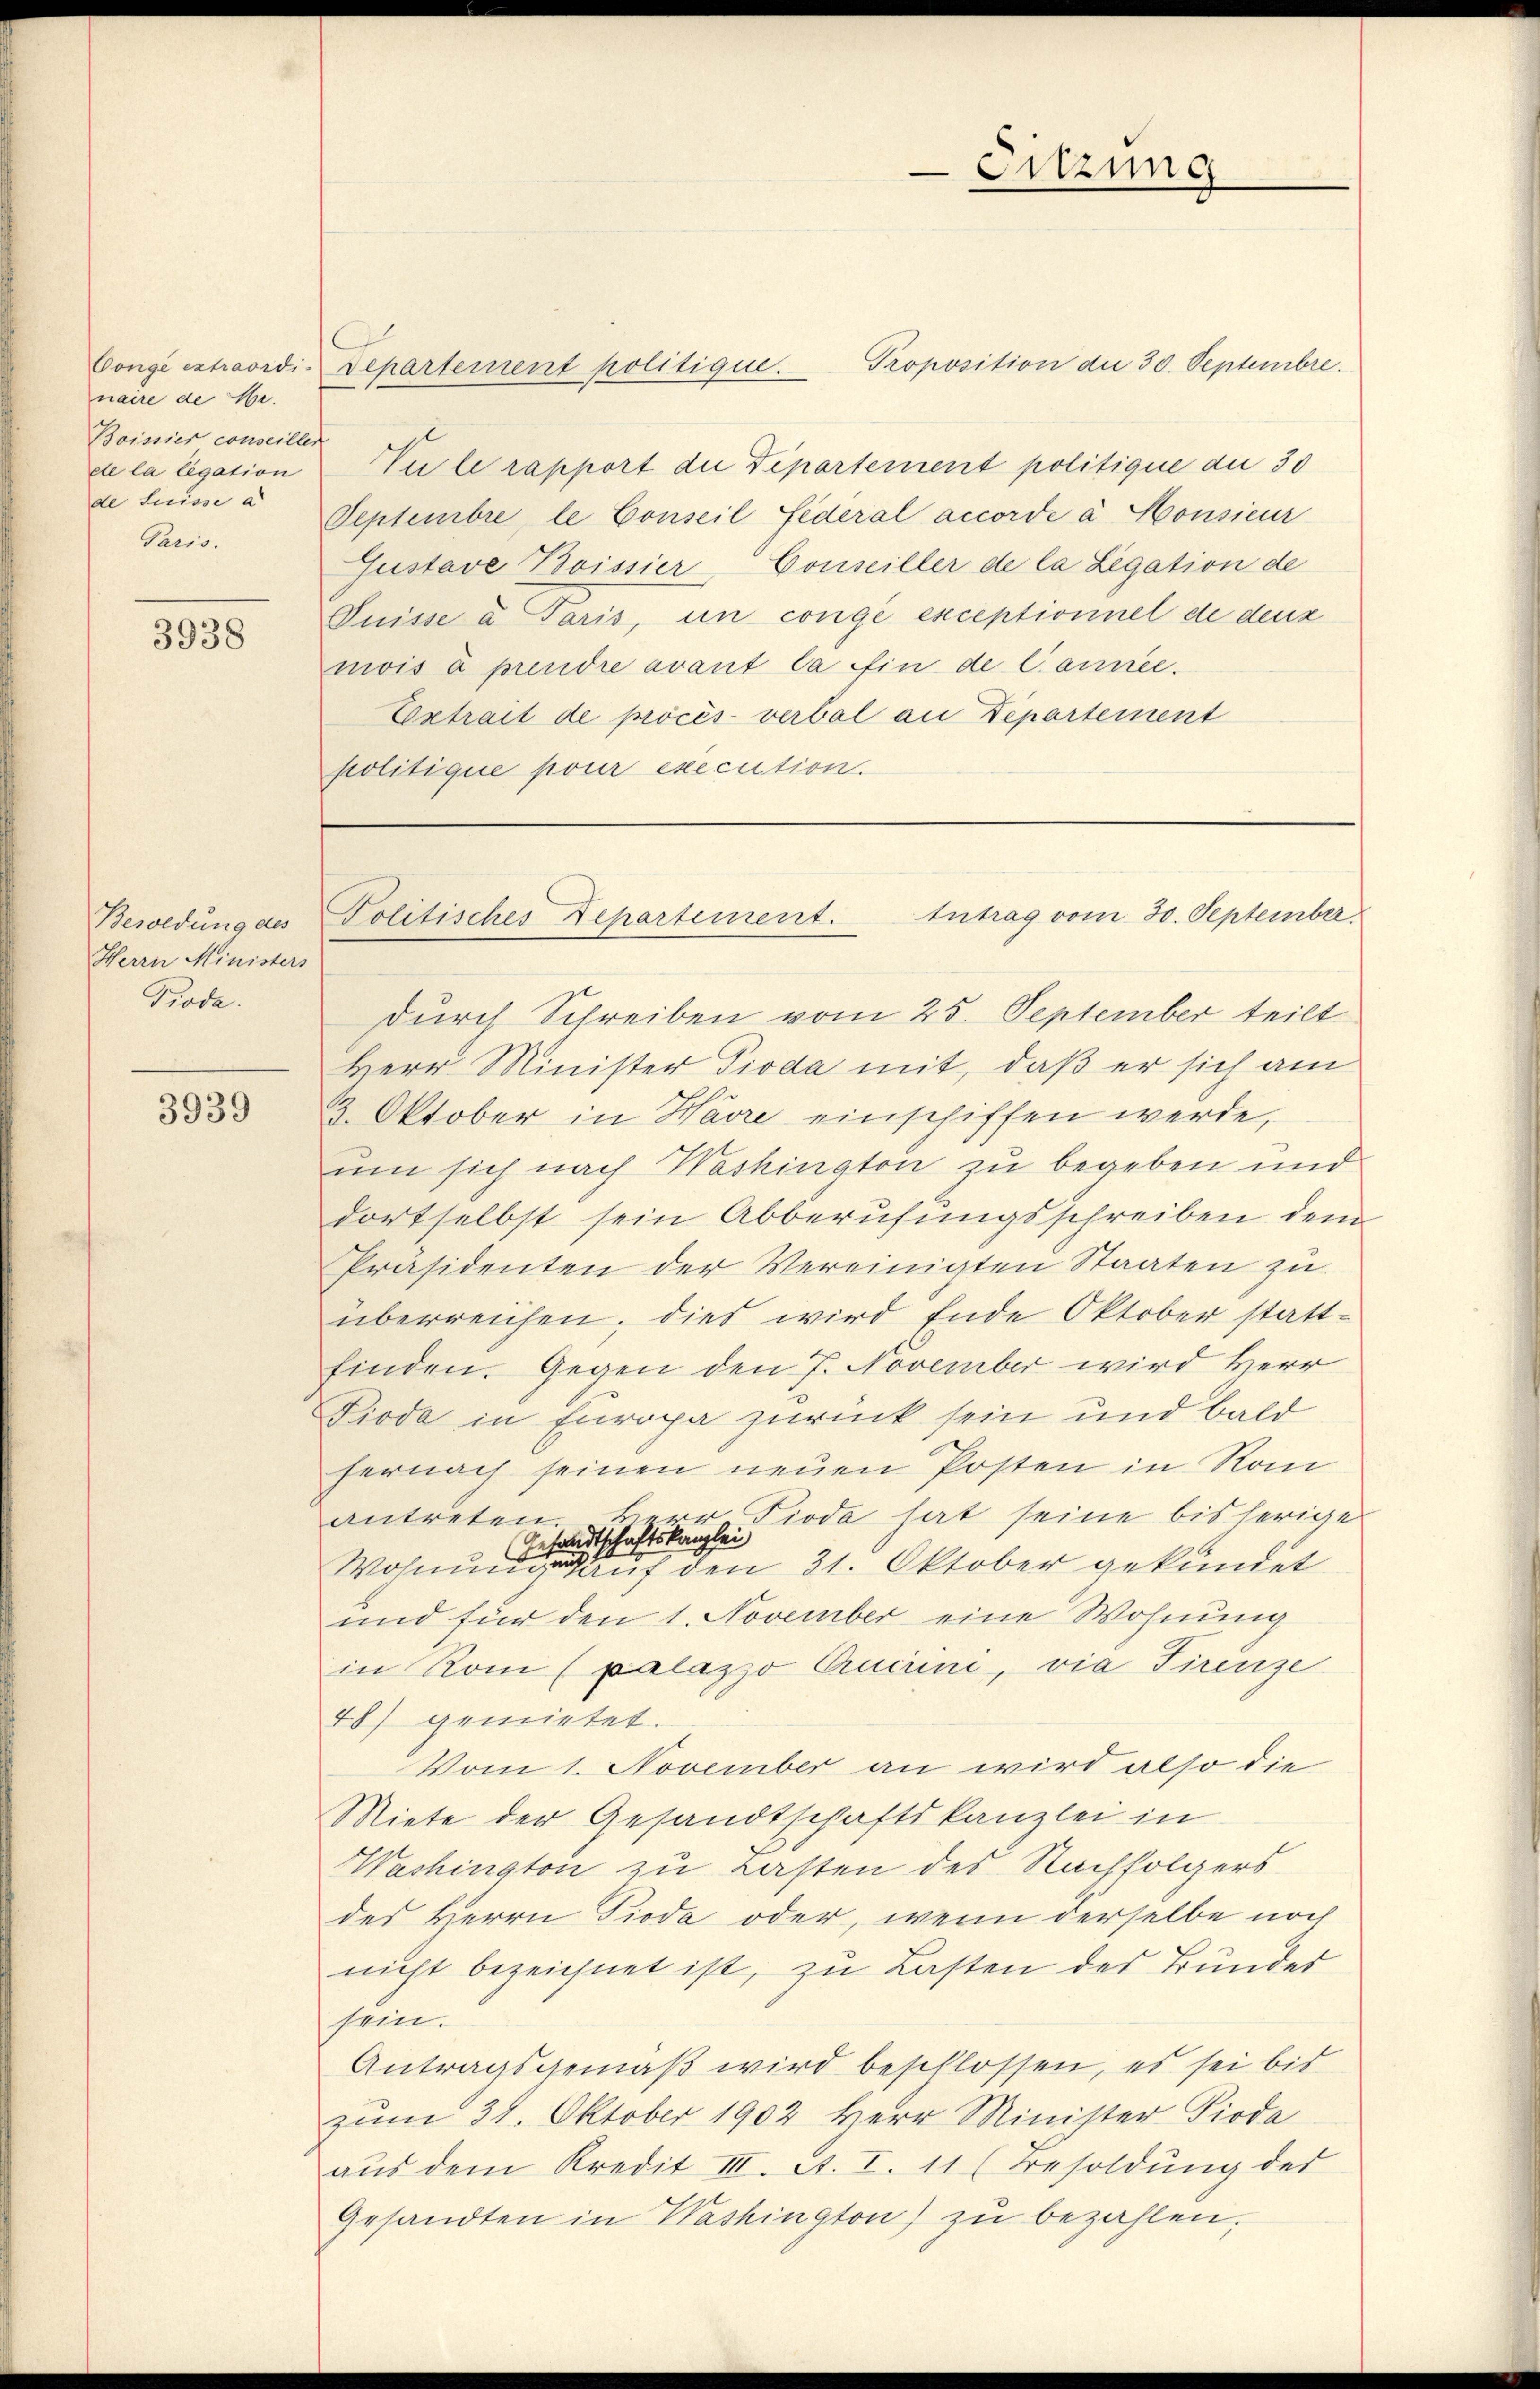
naire de Hr.
Boissier conseiller
de la legation
de Suisse a
Paris.

3938

Besoldung des
Herrn Ministers
Trode.

3939

Proposition die 30. Septembre.
Conge extraordi-Departement politique.
Vule rapport die Departement politique de 30
Septembre, le Conseil Federal accordé à Monsieur
Gustave Boissier Conseiller de la Legation de
Puisse a Paris, in conge exceptionnel de deux
mois à prendre avant la fin de Cannie.
Extrait de procès-verbal an Departement
politique pour execution.

durch Schreiben vom 25. September teilt
Herr Minister Pioda mit, daß er sich am
3. Oktober in Havre einschiffen werde,
um sich nach Washington zu begeben und
dortselbst sein Abberufungsschreiben dem
Präsidenten der Vereinigten Staaten zu
überreichen. Dies wird Ende Oktober statt-
finden. Gegen den 7. November wird Herr
Pioda in Europa zurück sein und bald
hernach seinen neuen Posten in Rom
antreten. Herr Pioda hat seine bisherige
Gesandtschaftskanzlei
Wohnung auf den 31. Oktober gekündet
und für den 1. November eine Wohnung
in Rom (palazzo Quirini, via Firenze
48) gemietet.
Vom 1. November an wird also die
Miete der Gesandtschaftskanzlei in
Washington zu Lasten des Nachfolgers
des Herrn Pioda oder, wenn derselbe noch
nicht bezeichnet ist, zu Lasten des Bundes
sein.
Antragsgemäß wird beschlossen, es sei bis
zum 31. Oktober 1902 Herr Minister Pioda
aŭs dem Kredit III. et. I. 11 (Besoldŭng des
Gesandten in Washington) zu bezahlen.

Sitzung

Politisches Departement. Intrag vom 30. September